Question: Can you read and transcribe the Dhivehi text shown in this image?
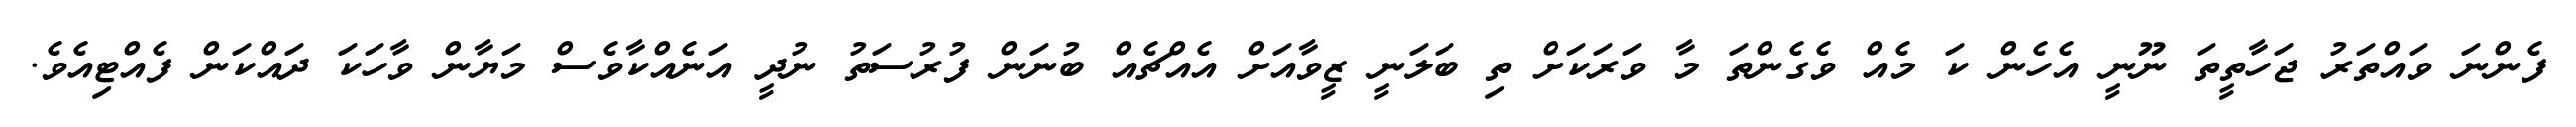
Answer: ފެންނަ ވައްތަރު ޖަހާތީތަ ނޫނީ އެހެން ކަ މެއް ވެގެންތަ މާ ވަރަކަށް ތި ބަލަނީ ޒީވާއަށް އެއްޗެއް ބުނަން ފުރުސަތު ނުދީ އަނެއްކާވެސް މަޔާން ވާހަކަ ދައްކަން ފެއްޓިއެވެ.